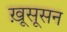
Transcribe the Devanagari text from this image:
ख़ूसूसन